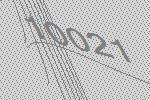
10021